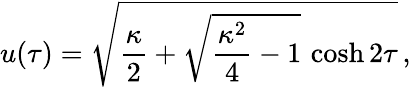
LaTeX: u(\tau)=\sqrt{{\frac{\kappa}{2}}+\sqrt{{\frac{\kappa^{2}}{4}}-1}\, \cosh 2\tau}\, ,